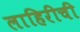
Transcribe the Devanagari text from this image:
लाहिरीची